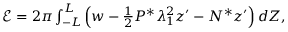
\begin{array} { r } { \mathcal { E } = 2 \pi \int _ { - L } ^ { L } \Big ( w - \frac { 1 } { 2 } { P ^ { * } } \lambda _ { 1 } ^ { 2 } z ^ { \prime } - { N ^ { * } } z ^ { \prime } \Big ) \, d Z , } \end{array}